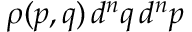
\rho ( p , q ) \, d ^ { n } q \, d ^ { n } p